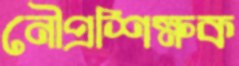
নৌপ্রশিক্ষক